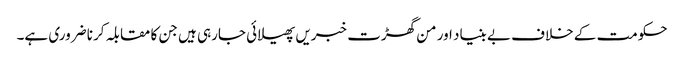
حکومت کے خلاف بے بنیاد اور من گھڑت خبریں پھیلائی جارہی ہیں جن کا مقابلہ کرنا ضروری ہے۔